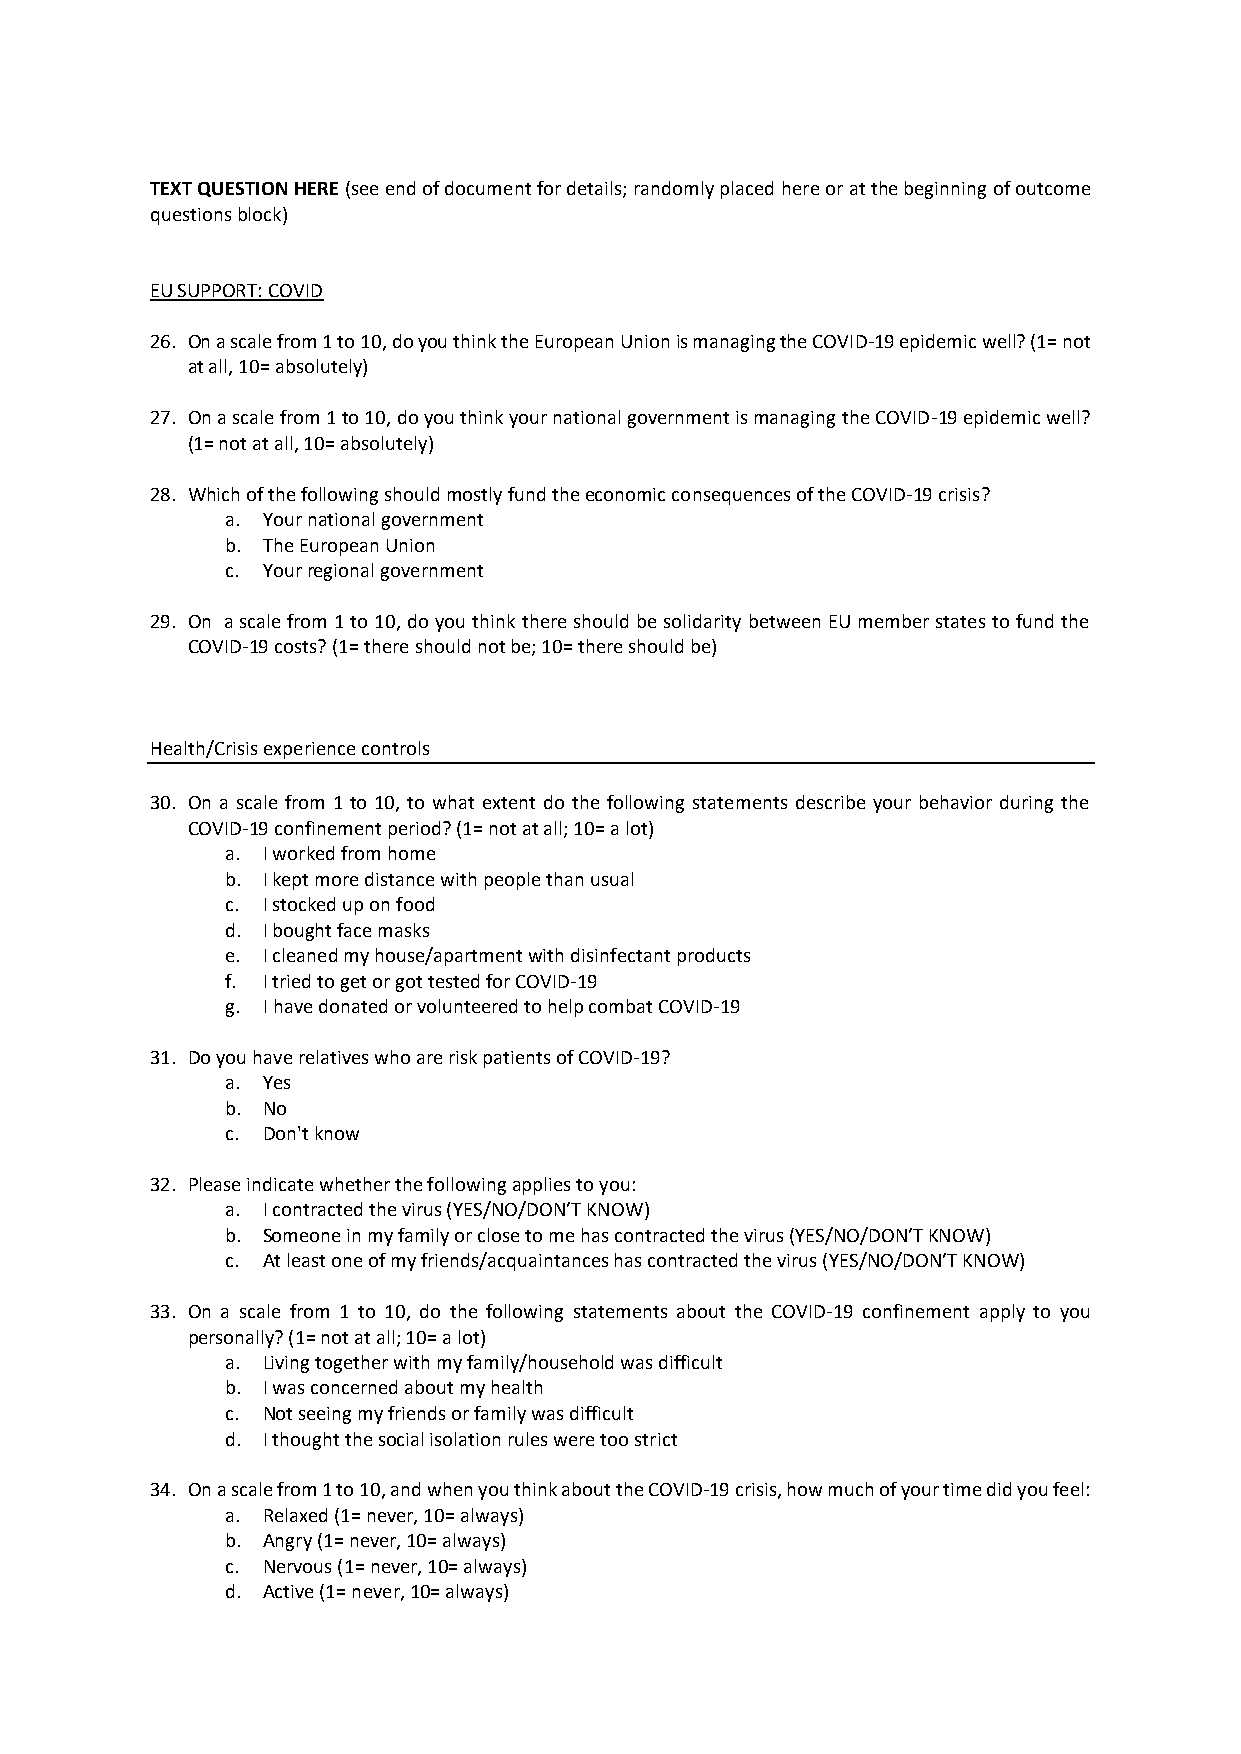
TEXT QUESTION HERE (see end of document for details; randomly placed here or at the beginning of outcome
 questions block)
 EU SUPPORT: COVID
 26. On a scale from 1 to 10, do you think the European Union is managing the COVID-19 epidemic well? (1= not
 at all, 10= absolutely)
 27. On a scale from 1 to 10, do you think your national government is managing the COVID-19 epidemic well?
 (1= not at all, 10= absolutely)
 28. Which of the following should mostly fund the economic consequences of the COVID-19 crisis?
 a. Your national government
 b. The European Union
 c. Your regional government
 29. On a scale from 1 to 10, do you think there should be solidarity between EU member states to fund the
 COVID-19 costs? (1= there should not be; 10= there should be)
 Health/Crisis experience controls
 30. On a scale from 1 to 10, to what extent do the following statements describe your behavior during the
 COVID-19 confinement period? (1= not at all; 10= a lot)
 a. I worked from home
 b. I kept more distance with people than usual
 c. I stocked up on food
 d. I bought face masks
 e. I cleaned my house/apartment with disinfectant products
 f. I tried to get or got tested for COVID-19
 g. I have donated or volunteered to help combat COVID-19
 31. Do you have relatives who are risk patients of COVID-19?
 a. Yes
 b. No
 c. Don't know
 32. Please indicate whether the following applies to you:
 a. I contracted the virus (YES/NO/DON’T KNOW)
 b. Someone in my family or close to me has contracted the virus (YES/NO/DON’T KNOW)
 c. At least one of my friends/acquaintances has contracted the virus (YES/NO/DON’T KNOW)
 33. On a scale from 1 to 10, do the following statements about the COVID-19 confinement apply to you
 personally? (1= not at all; 10= a lot)
 a. Living together with my family/household was difficult
 b. I was concerned about my health
 c. Not seeing my friends or family was difficult
 d. I thought the social isolation rules were too strict
 34. On a scale from 1 to 10, and when you think about the COVID-19 crisis, how much of your time did you feel:
 a. Relaxed (1= never, 10= always)
 b. Angry (1= never, 10= always)
 c. Nervous (1= never, 10= always)
 d. Active (1= never, 10= always)